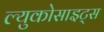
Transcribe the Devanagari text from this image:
ल्युकोसाइट्स